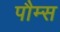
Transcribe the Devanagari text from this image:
पौम्स